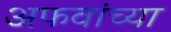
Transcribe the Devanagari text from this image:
अफवांच्या